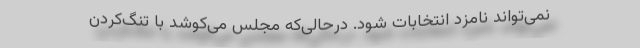
نمی‌تواند نامزد انتخابات شود. درحالی‌که مجلس می‌کوشد با تنگ‌کردن